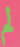
لم